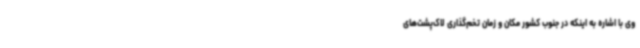
وی با اشاره به اینکه در جنوب کشور مکان و زمان تخم‌گذاری لاک‌پشت‌های